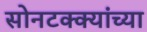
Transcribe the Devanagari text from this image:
सोनटक्क्यांच्या